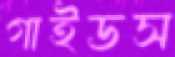
গাইডস